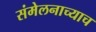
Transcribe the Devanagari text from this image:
संमेलनाच्याच